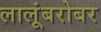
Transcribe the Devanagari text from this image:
लालूंबरोबर